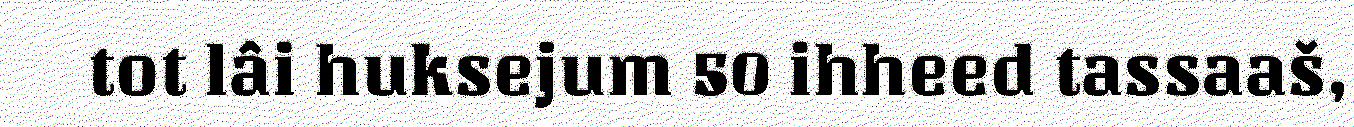
tot lâi huksejum 50 ihheed tassaaš,